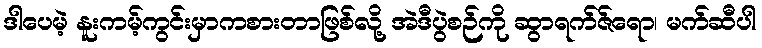
ဒါပေမဲ့ နူးကမ့်ကွင်းမှာကစားတာဖြစ်လို့ အဲဒီပွဲစဉ်ကို ဆွာရက်ဇ်ရော၊ မက်ဆီပါ